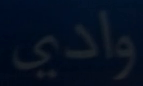
وادي